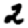
Digit: 2